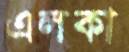
এলকা